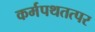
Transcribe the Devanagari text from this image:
कर्मपथतत्पर